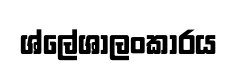
ශ්ලේශාලංකාරය